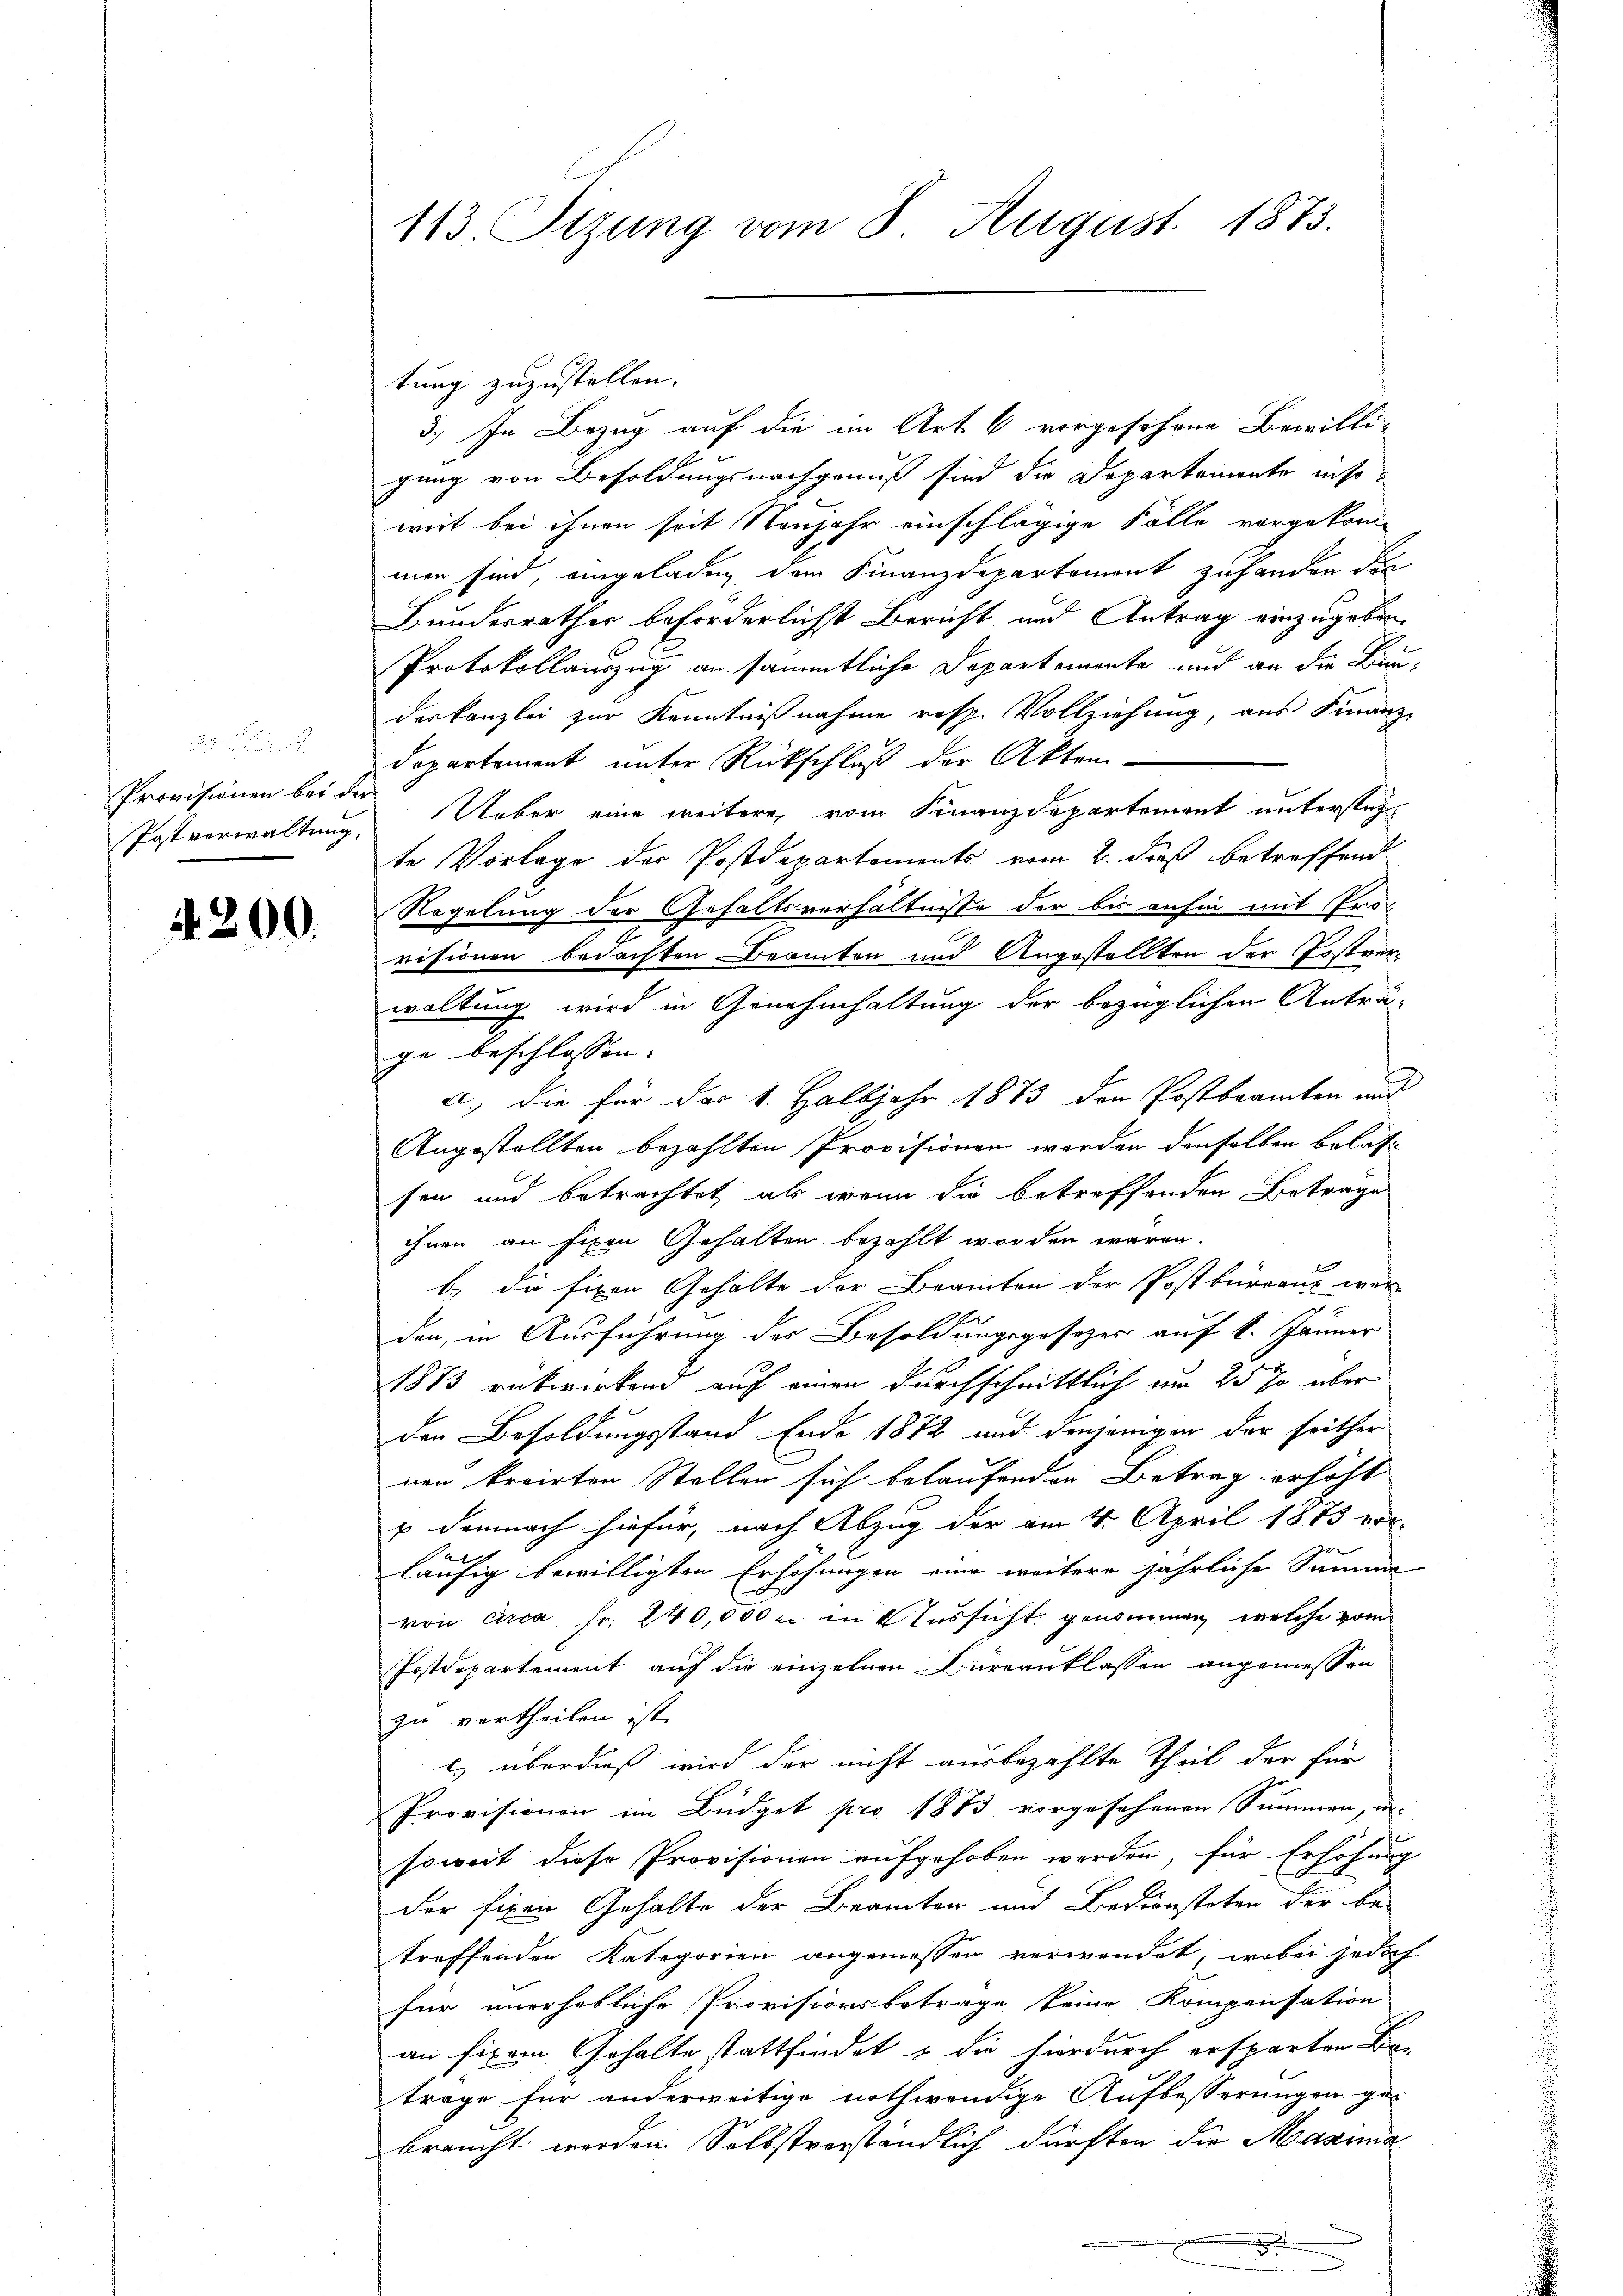
Provisionen bei de
Postverwaltung.

4200.

113 Tizung vom 8. August 1873.

tung zuzustellen.
3.) In Bezug auf die im Art 6 vorgesehene Bewilli-
gung von Besoldungsnachgenuß sind die Departemente insoweit bei ihnen seit Neujahr einschlägige Fälle vorgekom-
men sind, eingeladen dem Finanzdepartement zu handen den
Kundesrathes beförderlichst Bericht und Antrag einzugeben¬
Protokollauszug an sämmtliche Departemente und an die Bundeskanzlei zur Kenntnißnahme resp. Vollziehung, aus Finanz-
dopartement unter Rückschluß der Akten¬
Ueber eine weitere vom Finanzdepartement untersteyte Vorlage der Postdepartements vom 2. dieß betreffend
Regelung der Gehaltsverhältnisse der bis anhin mit Pro-
visionen bedachten Beamten und Angestellten der Postverwaltung wird in Genehmhaltung der bezüglichen Anträg-
ge beschlossen.
a.) die für das k. Halbjahr 1873 den Postbramten und
Angestellten bezahlten Provisionen werden denselben belati
sen und betrachtet ab wenn die betreffenden Betrage
ihnen an fixen Gehalten bezahlt worden wären.
b) die fixen Gehalte der Beamten der Postbüreaus war
den, in Ausführung des Besoldungsgesezes auf 1. Jänner
1873 rükwirkend auf einen durchschrittlich am 25 Jo über
den Besoldungsstand Ende 1872 und denjenigen der seither
nen kreisten Stellen sich belaufenden Betrag erhöht
u demnach hiefür, nach Abzug der am 4. April 1873 vor-
2
läufig bewilligten Erhöhungen eine weitere jährliche Samme
von circa Fr. 240,000 u. in Aussicht genommen, welche vom
Postdepartement auf die einzelnen Büreanklassen angemessen
zu vertheilen ist.
e) überdieß wird der nicht ausbezahlte Theil der für
Provisionen im Büdget pro 1873 vorgesehenen Summen, un-
soweit diese Provisionen aufgehoben werden, für Erhöhung
der fixen Gehalte der Beamten und Bediensteten der be-
treffenden Kategorien angemessen verwendet, wobei jedoch
für unerhebliche Provisionsbetrage keine Kompensation
an fixen Gehalte stattfindet & die hierdurch ersparten Be-
trage für anderweitige nothwendige Aufbesserungen gebraucht werden Selbstverständlich dürften die Maxima